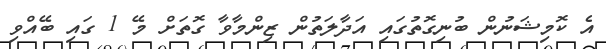
އެ ކޮމިޝަނުން ބުނިގޮތުގައި އަދާލަތުން ޒިންމާވާ ގޮތަށް މޭ 1 ގައި ބޭއްވި